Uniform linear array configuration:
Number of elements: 24
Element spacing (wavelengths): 0.75
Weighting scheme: uniform
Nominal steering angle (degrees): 0
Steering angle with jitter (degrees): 1.201
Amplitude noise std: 0.05
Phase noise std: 0.05

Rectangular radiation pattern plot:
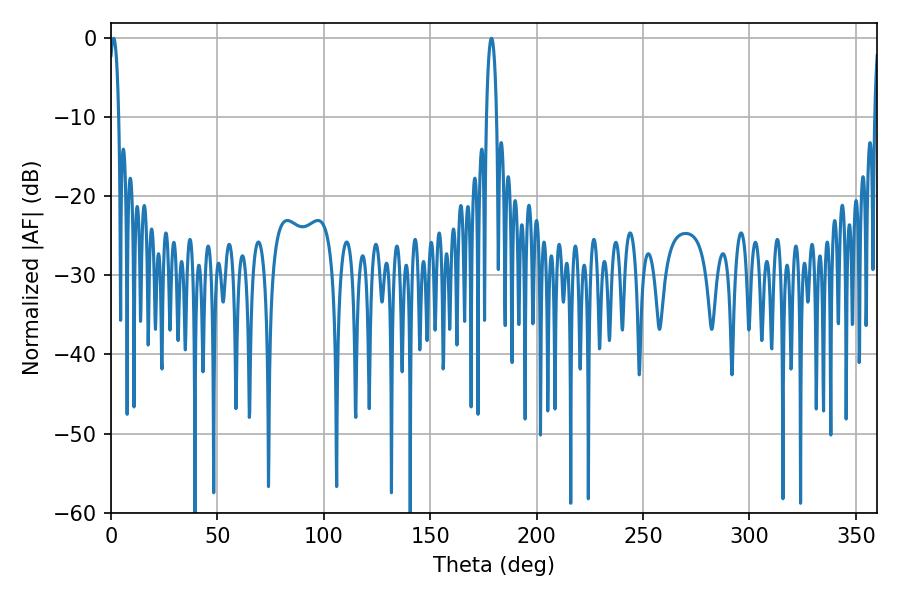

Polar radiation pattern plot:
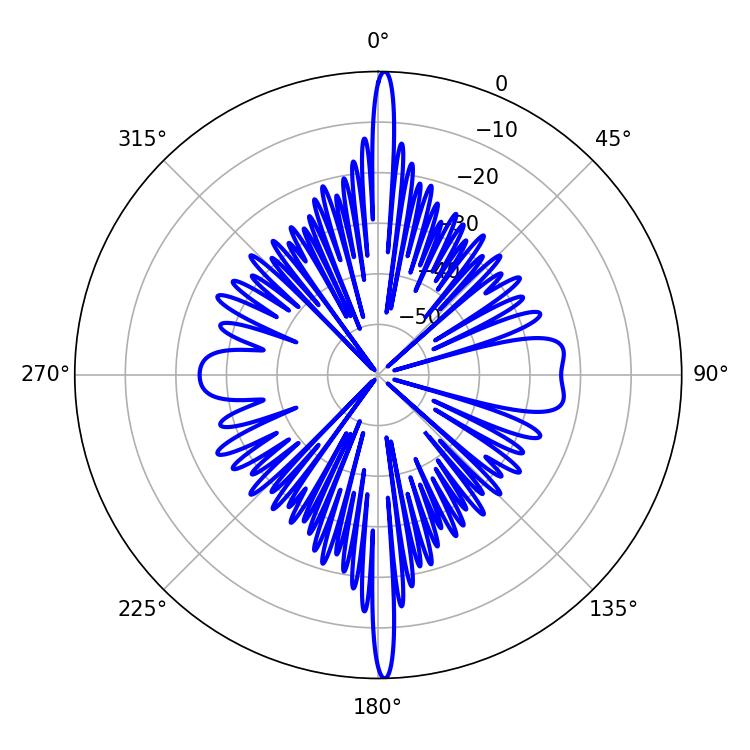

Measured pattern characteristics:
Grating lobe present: TRUE
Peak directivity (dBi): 28.219
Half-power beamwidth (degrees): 2.52
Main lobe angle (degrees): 1.26